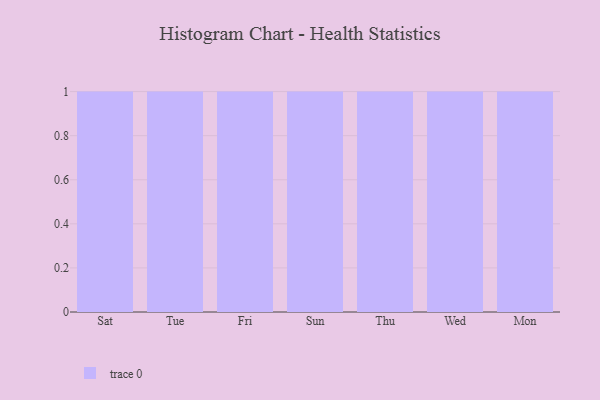
{"axis": {"x": "Day", "y": "Conversion Rate (%)"}, "legend": [""], "data": [{"x": "Sat", "y": 3, "type": ""}, {"x": "Tue", "y": 85, "type": ""}, {"x": "Fri", "y": 82, "type": ""}, {"x": "Sun", "y": 98, "type": ""}, {"x": "Thu", "y": 32, "type": ""}, {"x": "Wed", "y": 19, "type": ""}, {"x": "Mon", "y": 22, "type": ""}]}